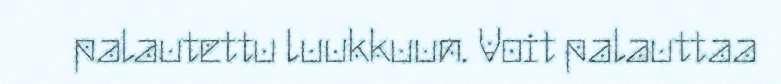
palautettu luukkuun. Voit palauttaa